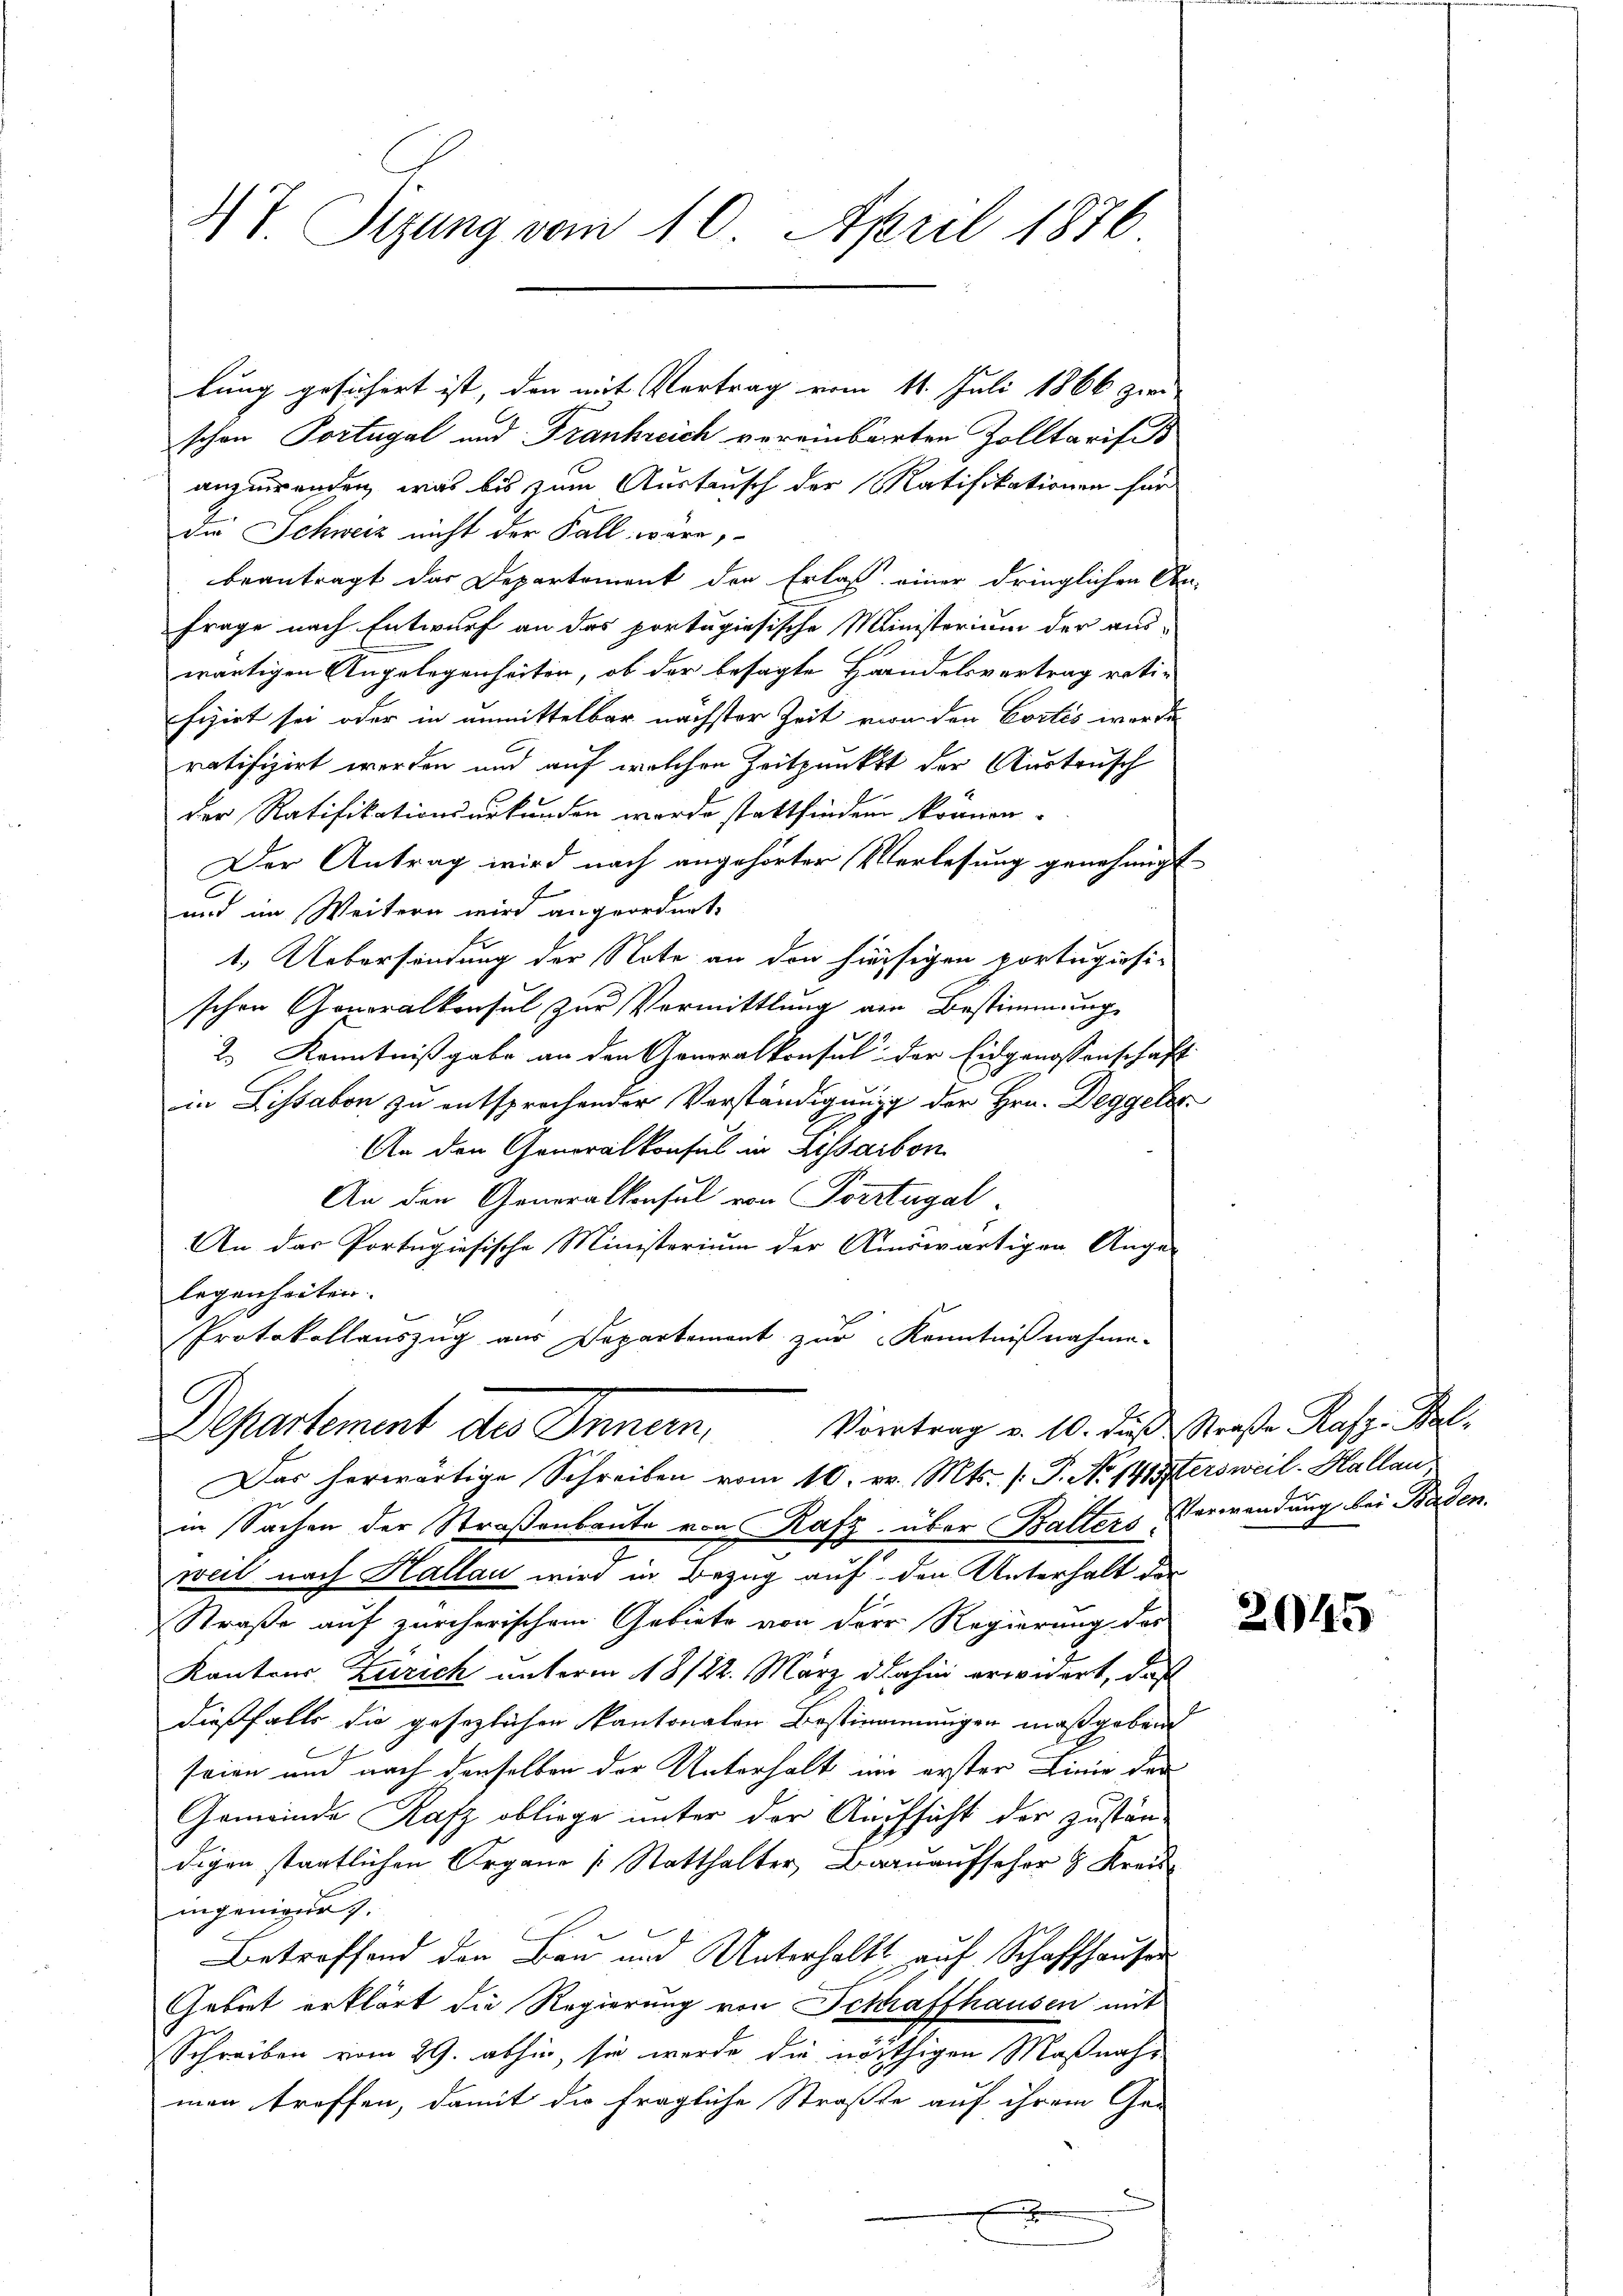
T. Sizung vom 10. April 1876

lung gesichert ist, den mit Vertrag vom 11. Juli 1866 zur
schon Portugal und Frankreich vereinbarten Zolltarifi
anzuwenden, was bis zum Austrusch der Ratifikationen für
die Schweiz nicht der Fall wäre,
beantragt das Departement den Erlass einer dringlichen An-
Frage nach Entwurf an das portugisische Ministerium der aus-
wärtigen Angelegenheiten, ob der besagte Handelsvertrag rati-
fizirt sei oder in unmittelbar nächster Zeit von den Cortis werde
ratifizirt werden und auf welchen Zeitpunkt der Austrisch
der Ratifikationsurkunden wurde stattfinden können.
Der Antrag wird nach angehörter Verlesung genehmigt
und im Weitern wird angeordnet,
1. Uebersendung der Note an den hiesigen portugisi-
schen Generalkonsul zur Vermittlung am Bestimmung
2.) Kenntnißgabe an den Generalkonsul der Eidgenossenschaft
in Lissabon zu entsprochender Verständigung der Hrn. Deggeles
An den Generalkonsul in Lissarton
An den Generalkonsul von Portugal
An das Portugiesische Ministerium der Auswärtigen Ange-
legenheiten.
Protokollauszug aus Departement zur Kenntnißnahme.
Departement des Innern, Vortrag v. 10. dieß Straße Kasp. Kel¬
Das herwärtige Schreiben vom 10. v. Mts. /: P. No 141 ftersweil. Hallau
in Sachen der Straßenbaute von Rafz, über Balters Verwendung bei Baden.
weil nach Hallau wird in Bezug auf den Unterhalt der
Straße auf zürcherischem Gebiete von der Regierung des
Kantons Zürich unterm 18/22. März dahin erwichert, daß
dießfalls die gesezlichen Kantonalen Bestimmungen maßgebend
seien und nach denselben der Unterhalt um erster Linie der
Gemeinde Rafz obliege unter der Aufsicht der zustän-
digen staatlichen Organe [Statthalter, Bauaufseher & Kreisingenieur.
Betreffend den Bau und Unterhaltt auf Schaffhausen
Gebiet erklärt die Regierung von Schaffhausen mit
Schreiben vom 29. abhin, sie werde die nöthigen Maßnahm
man treffen, damit die fragliche Straßte auf ihrem Ge-
x

2045